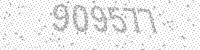
Solution: 909577